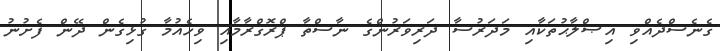
ގެނެސްދެއްވި އިޞްލާޙުތަކާއި މަދަރުސާ ދަރިވަރުންގެ ނާސްތާ ޕްރޮގްރާމާއި ވިހެއުމާ ގުޅިގެން ދޭން ފެށުނު